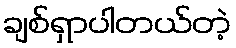
ချစ်ရှာပါတယ်တဲ့